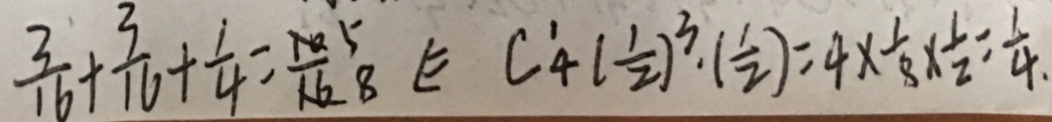
\frac { 3 } { 1 6 } + \frac { 3 } { 1 6 } + \frac { 1 } { 4 } = \frac { 1 0 } { 1 6 } \frac { 5 } { 8 } \Leftarrow C \frac { 1 } { 4 } - ( \frac { 1 } { 2 } ) ^ { 3 } \cdot ( \frac { 1 } { 2 } ) = 4 \times \frac { 1 } { 8 } \times \frac { 1 } { 2 } = \frac { 1 } { 4 } .